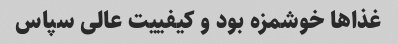
غذا‌ها خوشمزه بود و کیفییت عالی سپاس